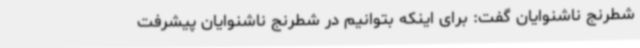
شطرنج ناشنوایان گفت: برای اینکه بتوانیم در شطرنج ناشنوایان پیشرفت